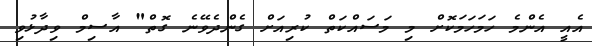
އެއީ އެންމެ ހަމަހަމަކޮށް މި މަސައްކަތް ކުރިއަށް ގެންދެވޭނެ ގޮތް" އާސިމް ވިދާޅުވި